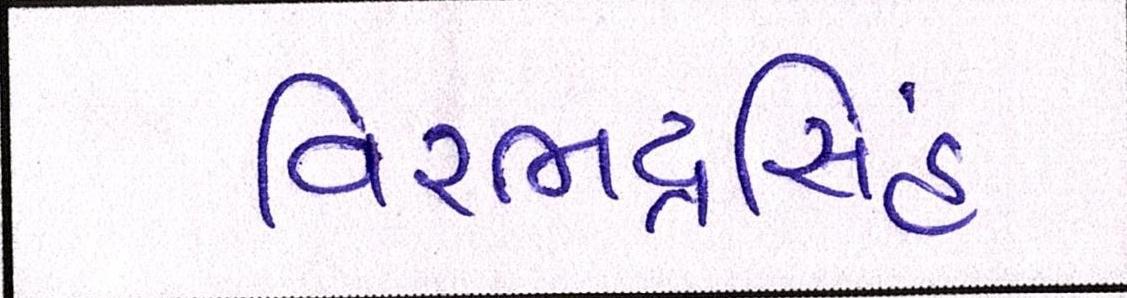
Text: વિરભદ્રસિંહ